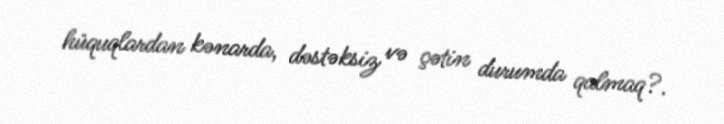
hüquqlardan kənarda, dəstəksiz və çətin durumda qalmaq?.